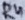
Text: R4